Vital statistics of India. Vol. V, Reports of 1876 on armies & jails and on epidemic cholera
Year: 1876
Disease focus: Cholera
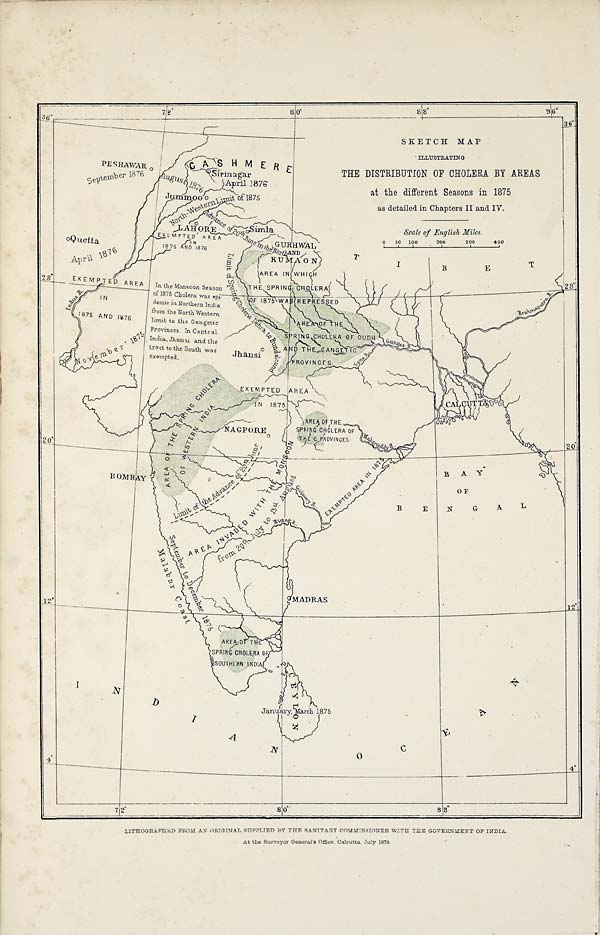
LITHOGRAPHED FROM AN ORIGINAL SUPPLIED BY THE SANITARY COMMISSIONER WITH THE GOVERNMENT OF INDIA.
At the Surveyor General's Office, Calcutta, July 1878.